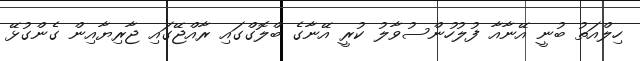
ހިލްއަތު ބުނީ އޭނާއާ ފުލުހުންސުވާލު ކުރީ އޭނާގެ ބްލޮގްގައި ރާއްޖޭގައި ޖާރިޔާއިން ގެންގުޅޭ